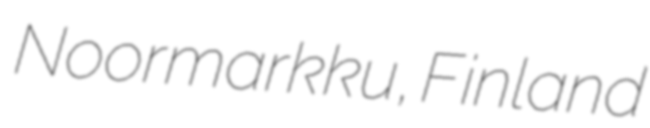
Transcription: Noormarkku, Finland